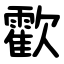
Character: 㱋